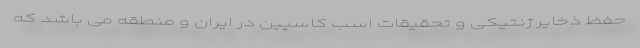
حفظ ذخایر ژنتیکی و تحقیقات اسب کاسپین در ایران و منطقه می باشد که